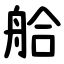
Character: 䑪